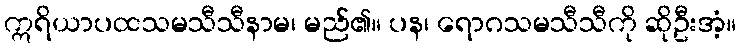
ဣရိယာပထသမသီသီနာမ၊ မည်၏။ ပန၊ ရောဂသမသီသီကို ဆိုဦးအံ့။